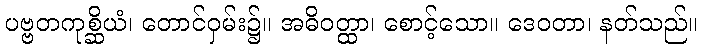
ပဗ္ဗတကုစ္ဆိယံ၊ တောင်ဝှမ်း၌။ အဓိဝတ္ထာ၊ စောင့်သော။ ဒေဝတာ၊ နတ်သည်။